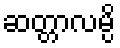
ဆတ္တာလမ္ပိ